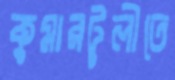
কুমারটুলীতে